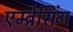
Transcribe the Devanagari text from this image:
एम्ब्रेसिंग